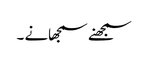
سمجھنے سمجھانے ۔